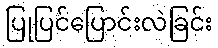
ပြုပြင်ပြောင်းလဲခြင်း